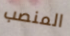
المنصب